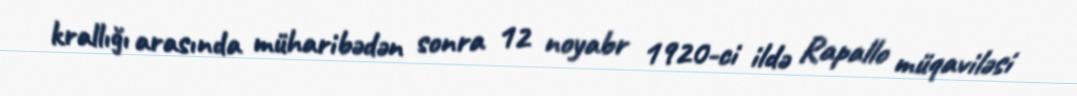
krallığı arasında müharibədən sonra 12 noyabr 1920-ci ildə Rapallo müqaviləsi